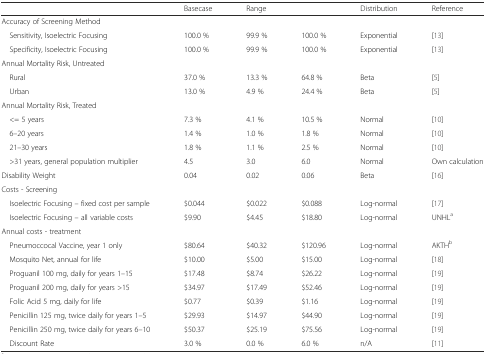
<table><thead><tr><td></td><td><b>Basecase</b></td><td colspan="2"><b>Range</b></td><td><b>Distribution</b></td><td><b>Reference</b></td></tr></thead><tbody><tr><td>Accuracy of Screening Method</td><td></td><td></td><td></td><td></td><td></td></tr><tr><td> Sensitivity, Isoelectric Focusing</td><td>100.0 %</td><td>99.9 %</td><td>100.0 %</td><td>Exponential</td><td>[13]</td></tr><tr><td> Specificity, Isoelectric Focusing</td><td>100.0 %</td><td>99.9 %</td><td>100.0 %</td><td>Exponential</td><td>[13]</td></tr><tr><td>Annual Mortality Risk, Untreated</td><td></td><td></td><td></td><td></td><td></td></tr><tr><td> Rural</td><td>37.0 %</td><td>13.3 %</td><td>64.8 %</td><td>Beta</td><td>[5]</td></tr><tr><td> Urban</td><td>13.0 %</td><td>4.9 %</td><td>24.4 %</td><td>Beta</td><td>[5]</td></tr><tr><td>Annual Mortality Risk, Treated</td><td></td><td></td><td></td><td></td><td></td></tr><tr><td> &lt;= 5 years</td><td>7.3 %</td><td>4.1 %</td><td>10.5 %</td><td>Normal</td><td>[10]</td></tr><tr><td> 6–20 years</td><td>1.4 %</td><td>1.0 %</td><td>1.8 %</td><td>Normal</td><td>[10]</td></tr><tr><td> 21–30 years</td><td>1.8 %</td><td>1.1 %</td><td>2.5 %</td><td>Normal</td><td>[10]</td></tr><tr><td> &gt;31 years, general population multiplier</td><td>4.5</td><td>3.0</td><td>6.0</td><td>Normal</td><td>Own calculation</td></tr><tr><td>Disability Weight</td><td>0.04</td><td>0.02</td><td>0.06</td><td>Beta</td><td>[16]</td></tr><tr><td>Costs - Screening</td><td></td><td></td><td></td><td></td><td></td></tr><tr><td> Isoelectric Focusing – fixed cost per sample</td><td>$0.044</td><td>$0.022</td><td>$0.088</td><td>Log-normal</td><td>[17]</td></tr><tr><td> Isoelectric Focusing – all variable costs</td><td>$9.90</td><td>$4.45</td><td>$18.80</td><td>Log-normal</td><td>UNHL<sup>a</sup></td></tr><tr><td>Annual costs - treatment</td><td></td><td></td><td></td><td></td><td></td></tr><tr><td> Pneumoccocal Vaccine, year 1 only</td><td>$80.64</td><td>$40.32</td><td>$120.96</td><td>Log-normal</td><td>AKTH<sup>b</sup></td></tr><tr><td> Mosquito Net, annual for life</td><td>$10.00</td><td>$5.00</td><td>$15.00</td><td>Log-normal</td><td>[18]</td></tr><tr><td> Proguanil 100 mg, daily for years 1–15</td><td>$17.48</td><td>$8.74</td><td>$26.22</td><td>Log-normal</td><td>[19]</td></tr><tr><td> Proguanil 200 mg, daily for years &gt;15</td><td>$34.97</td><td>$17.49</td><td>$52.46</td><td>Log-normal</td><td>[19]</td></tr><tr><td> Folic Acid 5 mg, daily for life</td><td>$0.77</td><td>$0.39</td><td>$1.16</td><td>Log-normal</td><td>[19]</td></tr><tr><td> Penicillin 125 mg, twice daily for years 1–5</td><td>$29.93</td><td>$14.97</td><td>$44.90</td><td>Log-normal</td><td>[19]</td></tr><tr><td> Penicillin 250 mg, twice daily for years 6–10</td><td>$50.37</td><td>$25.19</td><td>$75.56</td><td>Log-normal</td><td>[19]</td></tr><tr><td> Discount Rate</td><td>3.0 %</td><td>0.0 %</td><td>6.0 %</td><td>n/A</td><td>[11]</td></tr></tbody></table>